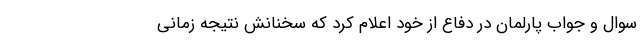
سوال و جواب پارلمان در دفاع از خود اعلام کرد که سخنانش نتیجه زمانی